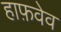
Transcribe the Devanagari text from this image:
हाफ़वेव